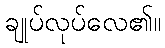
ချုပ်လုပ်လေ၏။